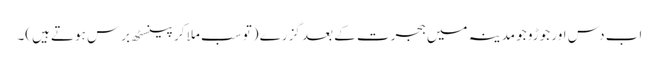
اب دس اور جوڑو جو مدینہ میں ہجرت کے بعد گزرے (تو سب ملا کر پینسٹھ برس ہوتے ہیں)۔